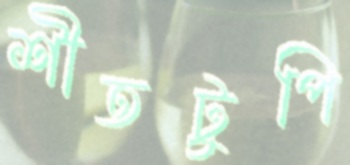
শীতটুপি